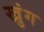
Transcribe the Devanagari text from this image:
खुंग